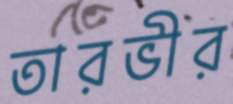
তারভীর